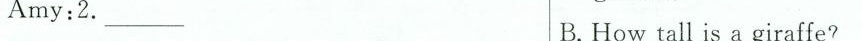
Amy:2.___ B.How tall is a giraffe?